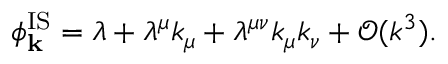
\phi _ { \mathbf { k } } ^ { \mathrm { I S } } = \lambda + \lambda ^ { \mu } k _ { \mu } + \lambda ^ { \mu \nu } k _ { \mu } k _ { \nu } + \mathcal { O } ( k ^ { 3 } ) .